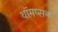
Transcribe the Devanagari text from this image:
थॉमप्सन